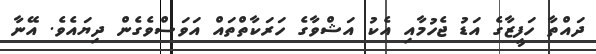
ދައްތާ ހަފީޒާގެ އަޑު ޖެހުމާއި އެކު އަޝްވާގެ ހަރަކާތްތައް އަވަސްވެގެން ދިޔައެވެ. އޭނާ